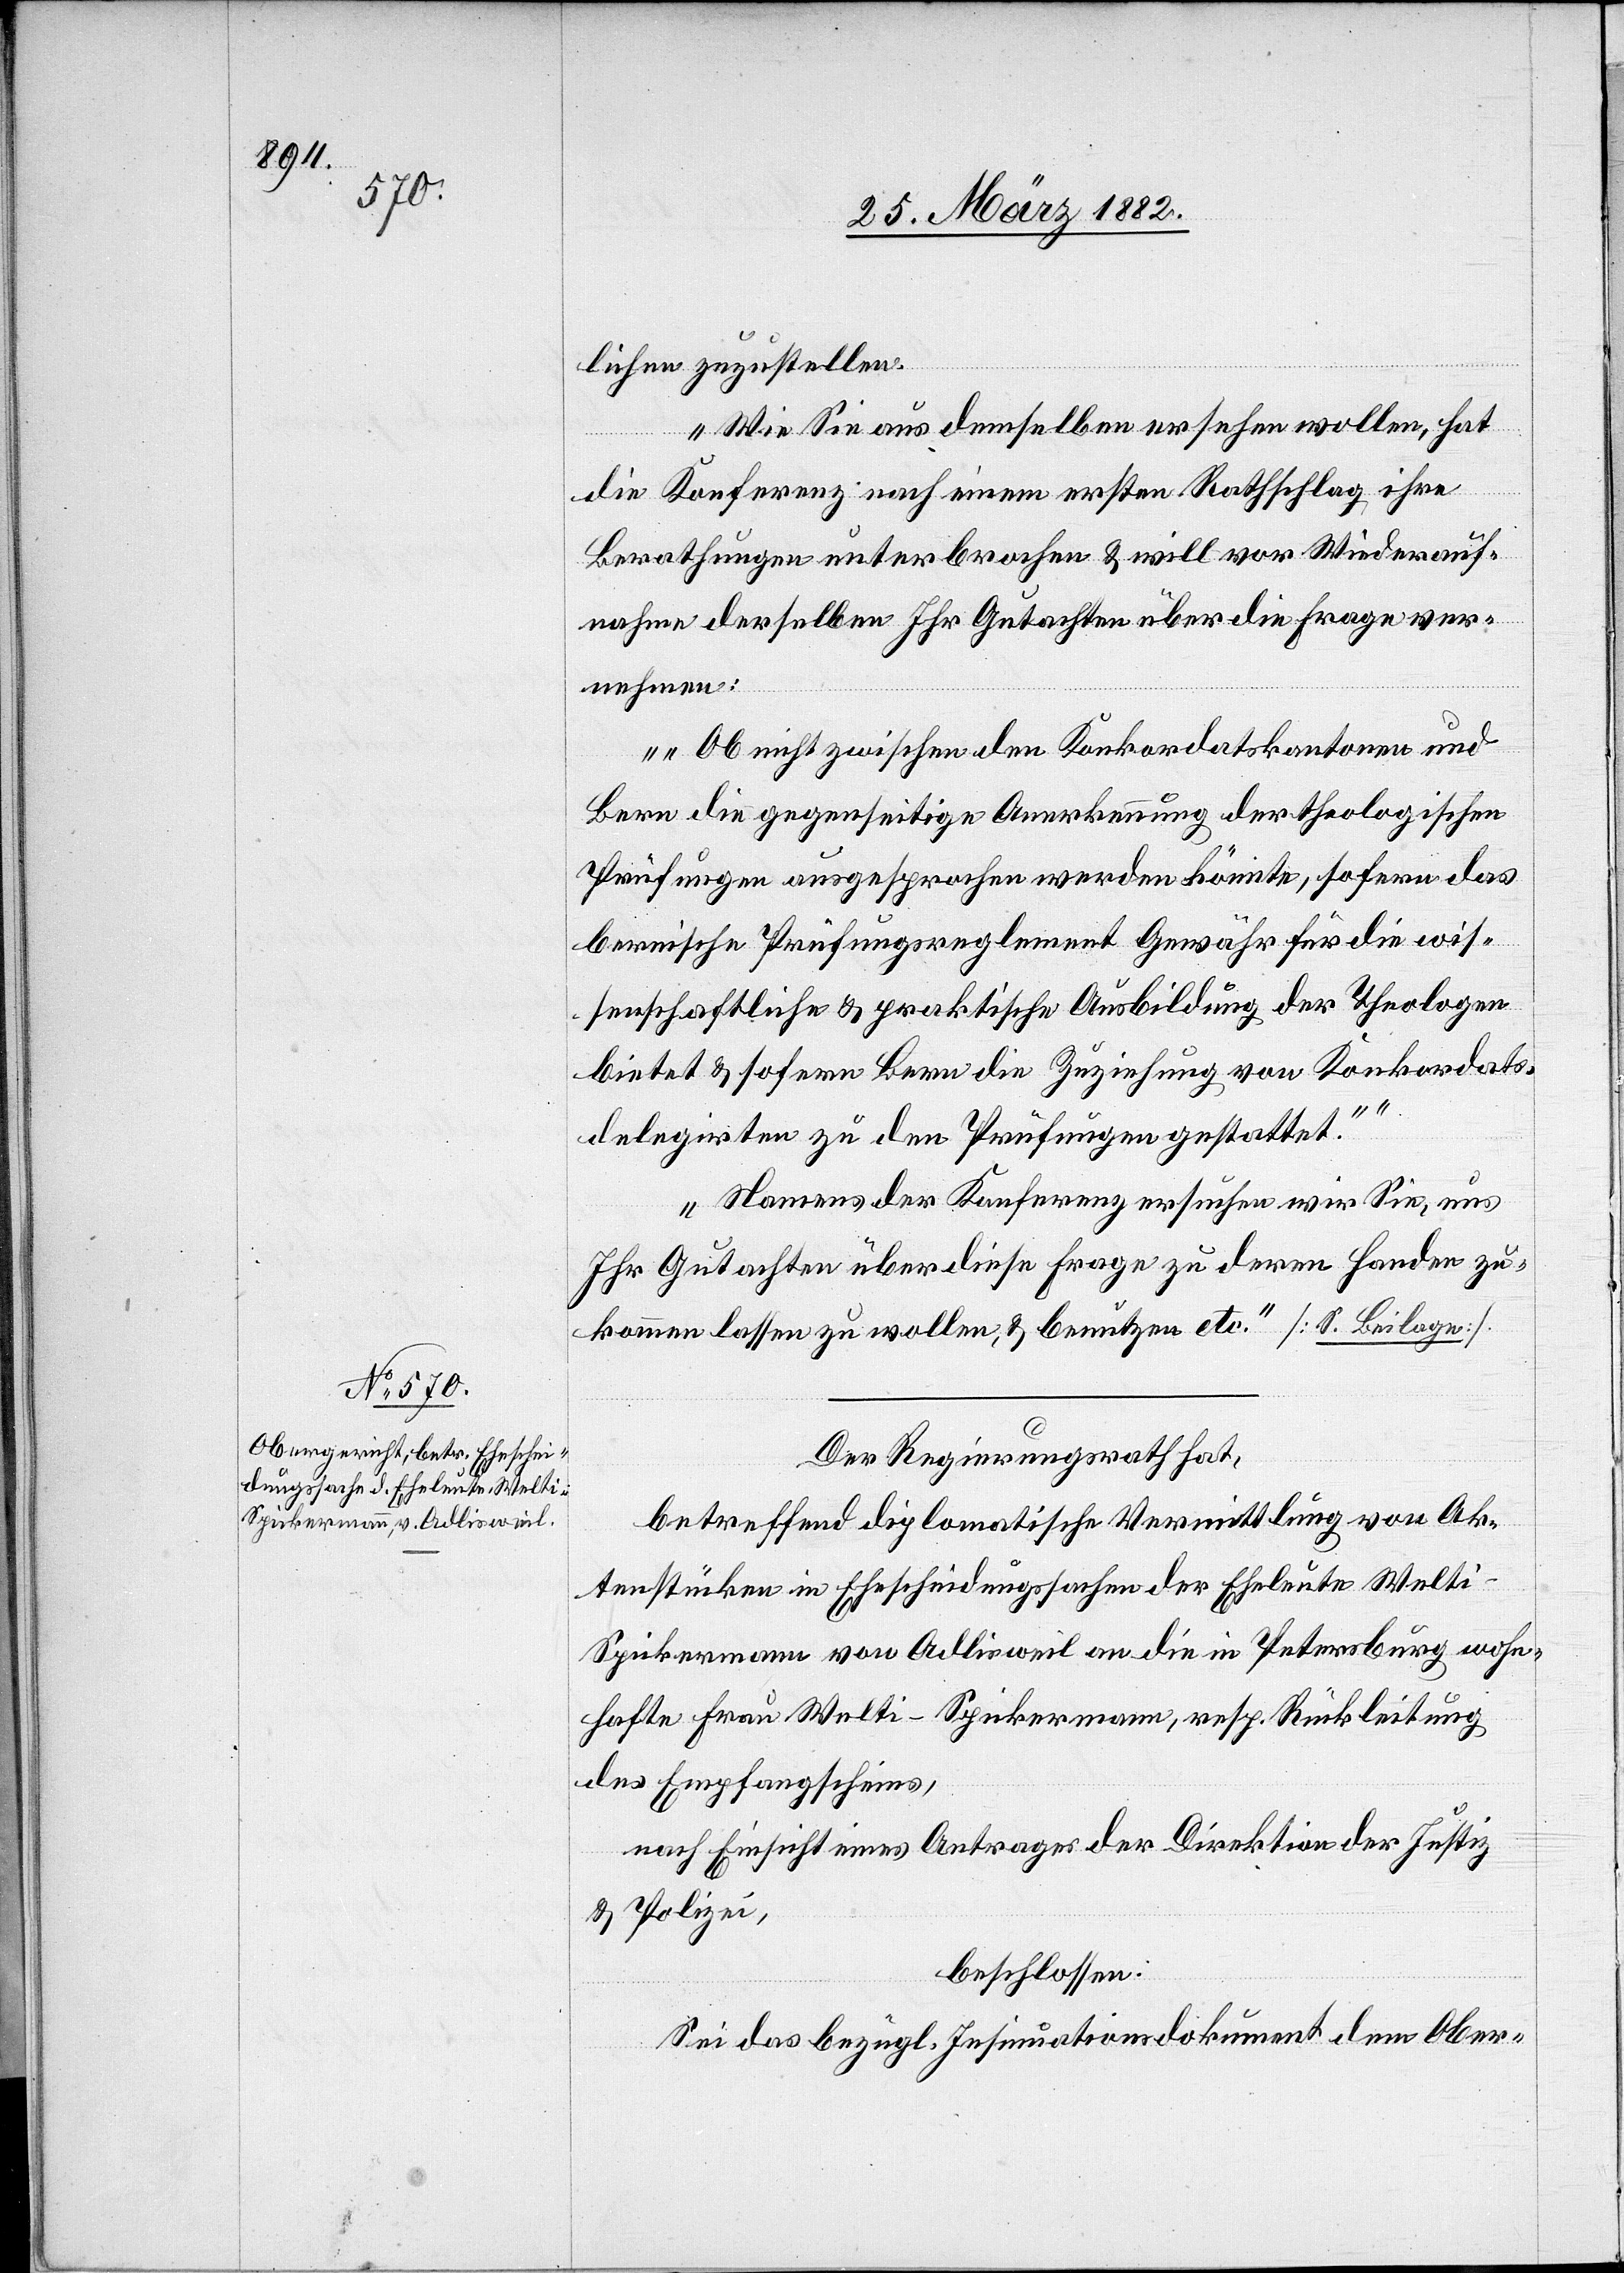
28. März 1882.]
lichen zuzustellen.
Wie Sie aus demselben ersehen wollen, hat
die Konferenz nach einem ersten Rathschlag ihre
Berathungen unterbrochen & will vor Wiederauf¬
nahme derselben Ihr Gutachten über die Frage ver¬
nehmen:
„Ob nicht zwischen den Konkordatskantonen und
Bern die gegenseitige Anerkennung der theologischen
Prüfungen ausgesprochen werden könnte, sofern das
bernische Prüfungsreglement Gewähr für die wis¬
senschaftliche & praktische Ausbildung der Theologen
bietet & sofern Bern die Zuziehung von Konkordats¬
delegirten zu den Prüfungen gestattet.“
Namens der Konferenz ersuchen wir Sie, uns
Ihr Gutachten über diese Frage zu deren Handen zu¬
kommen lassen zu wollen, & benutzen etc.“ [S. Beilage].
Der Regierungsrath hat,
betreffend diplomatische Vermittlung von Ak¬
tenstücken in Ehescheidungssachen der Eheleute Welt¬
i-Spickermann von Adlisweil an die in Petersburg wohn¬
hafte Frau Welti-Spickermann, resp. Rückleitung
des Empfangscheins,
nach Einsicht eines Antrages der Direktion der Justiz
& Polizei,
beschlossen:
Sei das bezügl. Insinuationsdokument dem Ober-